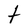
Character: t